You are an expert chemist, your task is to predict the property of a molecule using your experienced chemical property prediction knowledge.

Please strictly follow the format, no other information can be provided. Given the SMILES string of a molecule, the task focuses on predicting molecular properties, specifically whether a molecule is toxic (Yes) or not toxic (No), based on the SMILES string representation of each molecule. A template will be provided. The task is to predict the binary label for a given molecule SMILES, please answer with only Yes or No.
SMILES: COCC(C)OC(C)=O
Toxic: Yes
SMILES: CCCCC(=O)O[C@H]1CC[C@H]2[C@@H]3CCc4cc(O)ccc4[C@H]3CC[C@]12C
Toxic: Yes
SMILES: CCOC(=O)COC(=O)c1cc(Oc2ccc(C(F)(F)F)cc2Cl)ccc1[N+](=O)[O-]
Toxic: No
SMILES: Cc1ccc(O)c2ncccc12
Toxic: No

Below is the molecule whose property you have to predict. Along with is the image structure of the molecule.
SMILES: Cc1ccnc(NS(=O)(=O)c2ccc(N)cc2)n1
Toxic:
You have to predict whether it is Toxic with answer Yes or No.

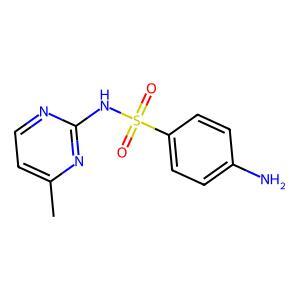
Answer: No